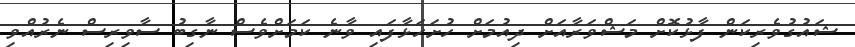
ޝައުގުވެރިކަން ފާޅުކޮށް މަޝްވަރާއަށް ދިއުމަށް ހުށަހަޅާފައި ވާނެ ކަމަށްވެސް ނާގިބު ސާވިރިސް ނެރުއްވި